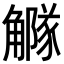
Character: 𧥃